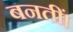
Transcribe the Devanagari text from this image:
बनतीं।